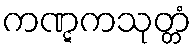
ကဏ္ဋကသုတ္တံ